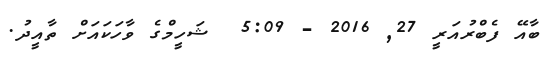
ބާއޭ ފެބްރުއަރީ 27